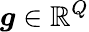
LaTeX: \boldsymbol{g}\in\mathbb{R}^{Q}